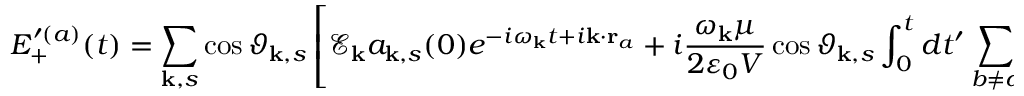
E _ { + } ^ { \prime ( a ) } ( t ) = \sum _ { \mathbf { k } , s } \cos { \vartheta _ { \mathbf { k } , s } } \left[ \mathscr { E } _ { \mathbf { k } } a _ { \mathbf { k } , s } ( 0 ) e ^ { - i \omega _ { \mathbf { k } } t + i \mathbf { k } \cdot \mathbf { r } _ { a } } + i \frac { \omega _ { \mathbf { k } } \mu } { 2 \varepsilon _ { 0 } V } \cos { \vartheta _ { \mathbf { k } , s } } \int _ { 0 } ^ { t } d t ^ { \prime } \sum _ { b \neq a } e ^ { - i \omega _ { \mathbf { k } } \left( t - t ^ { \prime } \right) + i \mathbf { k } \cdot \left( \mathbf { r } _ { a } - \mathbf { r } _ { b } \right) } \sigma _ { - } ^ { ( b ) } ( t ^ { \prime } ) \right] .